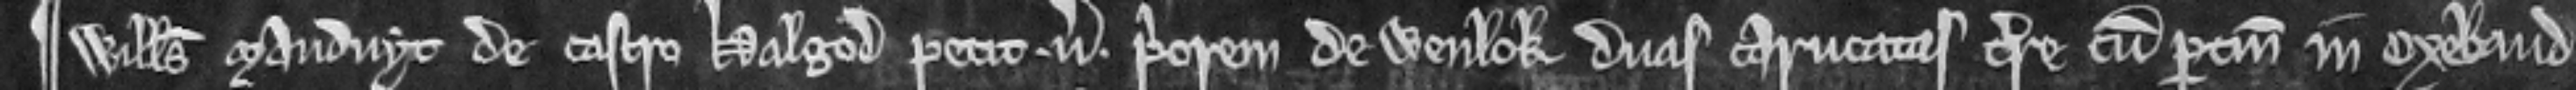
¶ Willelmus Mauduyt de Castro Halgod petit versus Priorem de Wenlok duas carucatas terre cum pertinenciis in Oxebaud